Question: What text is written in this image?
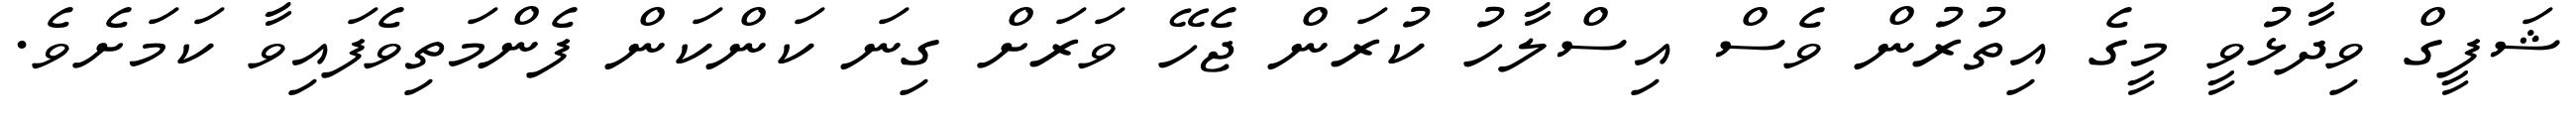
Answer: ޝަފީގް ވިދާޅުވީ މީގެ އިތުރުން ވެސް އިސްލާހު ކުރަން ޖެހޭ ވަރަށް ގިނަ ކަންކަން ފެންމަތިވެފައިވާ ކަމަށެވެ.